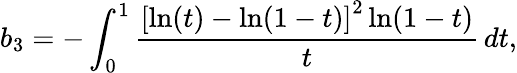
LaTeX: b_{3}=-\int_{0}^{1}\frac{\left[\ln(t)-\ln(1-t)\right]^{2}\ln(1-t)}{t}\, dt,